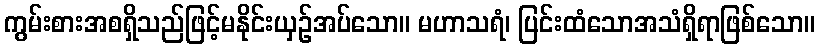
ကွမ်းစားအစရှိသည်ဖြင့်မနိုင်းယှဉ်အပ်သော။ မဟာသရံ၊ ပြင်းထံသောအသံရှိရာဖြစ်သော။